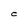
Character: C